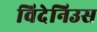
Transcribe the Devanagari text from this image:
विदेनिउस